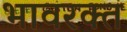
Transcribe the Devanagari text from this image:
भावरक्त